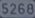
5268526